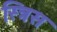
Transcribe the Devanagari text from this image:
स्त्रिस